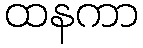
ထနကာ